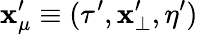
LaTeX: \mathbf{x}_{\mu}^{\prime}\equiv(\tau^{\prime},\mathbf{{\mathbf{x}}}_{\bot}^{\prime},\eta^{\prime})